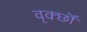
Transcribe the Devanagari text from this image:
वृक्छॊं